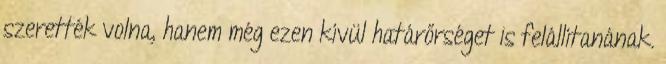
szerették volna, hanem még ezen kívül határőrséget is felállítanának.